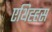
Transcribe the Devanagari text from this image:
एथिह्हस